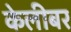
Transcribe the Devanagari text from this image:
केलीबर